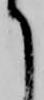
て